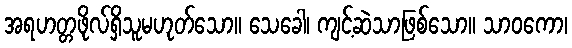
အရဟတ္တဖိုလ်ရှိသူမဟုတ်သော။ သေခေါ၊ ကျင့်ဆဲသာဖြစ်သော။ သာဝကော၊